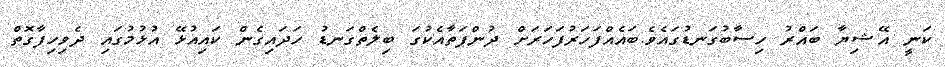
ކަނީ އޭޝިޔާ ބައްރު ހިސާބުގަނޑުގައެވެ.ބައެއްފަހަރުފަހަރަށް ދުންފަތާއެކުގަ ބިލެތްގަނޑު ހަދައިގެން ކައިއުޅޭ އުޅުމުގައި ދެވިހިފާގޮތް